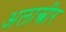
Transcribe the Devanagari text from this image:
अलास्त्रीर